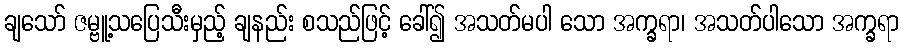
ချသော် ဇမ္ဗူ့သပြေသီးမှည့် ချနည်း စသည်ဖြင့် ခေါ်၍ အသတ်မပါ သော အက္ခရာ၊ အသတ်ပါသော အက္ခရာ